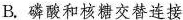
B.磷酸和核糖交替连接